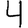
Digit: 4